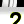
Digit: 2